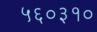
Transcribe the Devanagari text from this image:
५६०३१०